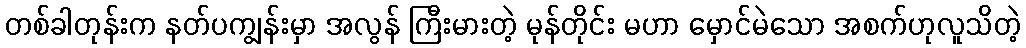
တစ်ခါတုန်းက နတ်ပကျွန်းမှာ အလွန် ကြီးမားတဲ့ မုန်တိုင်း မဟာ မှောင်မဲသော အစက်ဟုလူသိတဲ့